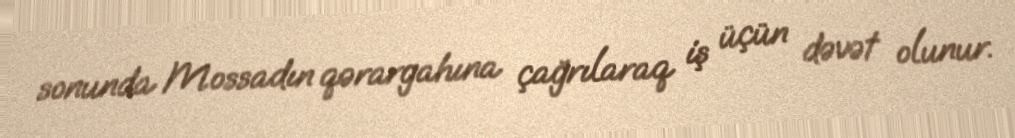
sonunda Mossadın qərargahına çağrılaraq iş üçün dəvət olunur.